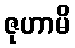
ဇုဟာမိ